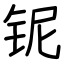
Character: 铌